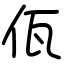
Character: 佤